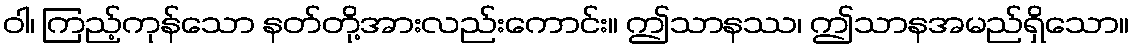
ဝါ၊ ကြည့်ကုန်သော နတ်တို့အားလည်းကောင်း။ ဤသာနဿ၊ ဤသာနအမည်ရှိသော။